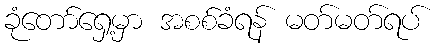
ခုံတော်ရှေ့မှာ အစစ်ခံရန် မတ်မတ်ရပ်